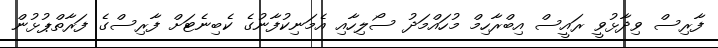
ފާރިސް ވިދާޅުވީ ރައީސް އިބްރާހިމް މުހައްމަދު ސޯލިހާއި އެމަނިކުފާނުގެ ކެބިނެޓަށް ފާރިސްގެ ފަރާތްޕުޅުން